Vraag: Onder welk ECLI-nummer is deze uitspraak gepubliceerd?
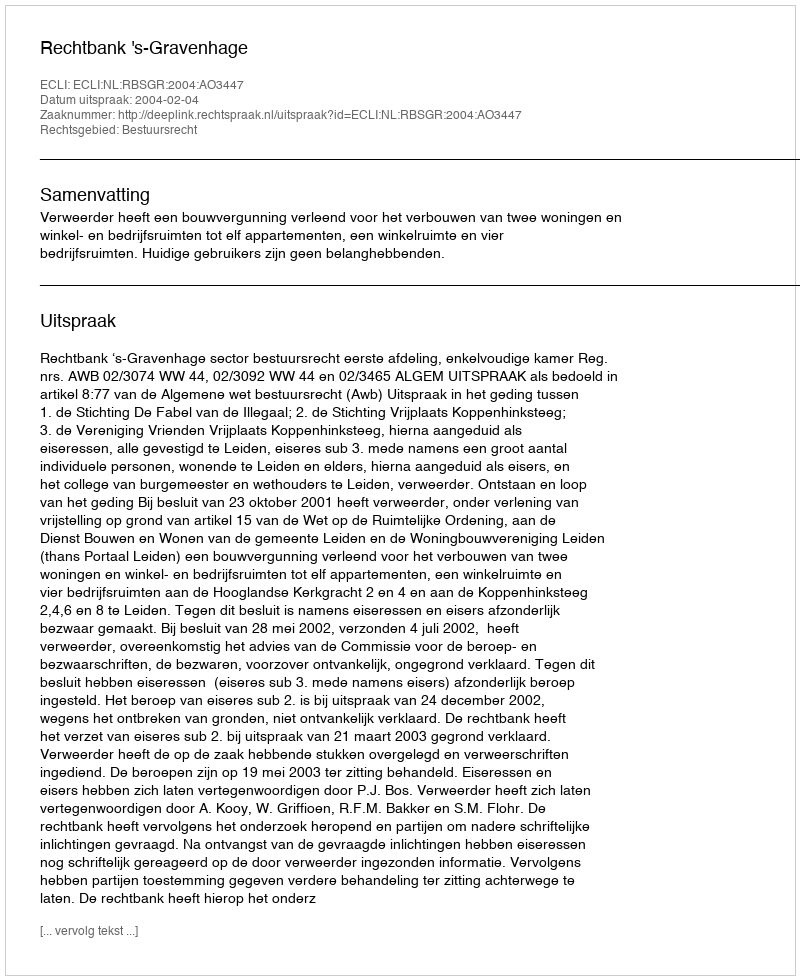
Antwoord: ECLI:NL:RBSGR:2004:AO3447